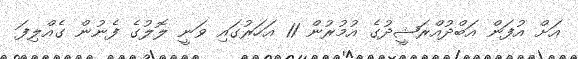
އަށް އުފަން އަބްދުއްރަޝީދުގެ އުމުރުން 11 އަހަރުގައި ވަނީ ލޮލުގެ ފެނުން ގެއްލިފަ